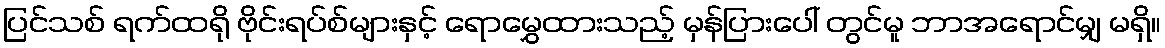
ပြင်သစ် ရက်ထရို ဗိုင်းရပ်စ်များနှင့် ရောမွှေထားသည့် မှန်ပြားပေါ် တွင်မူ ဘာအရောင်မျှ မရှိ။